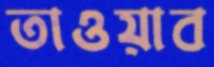
তাওয়াব